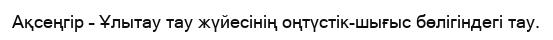
Ақсеңгір – Ұлытау тау жүйесінің оңтүстік-шығыс бөлігіндегі тау.